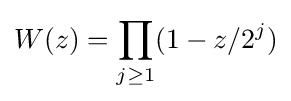
W(z)=\prod _{j\geq 1}(1-z/2^{j})